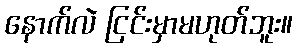
နောက်လဲ ငြင်းမှာမဟုတ်ဘူး။